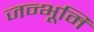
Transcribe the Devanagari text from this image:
जन्भूमि